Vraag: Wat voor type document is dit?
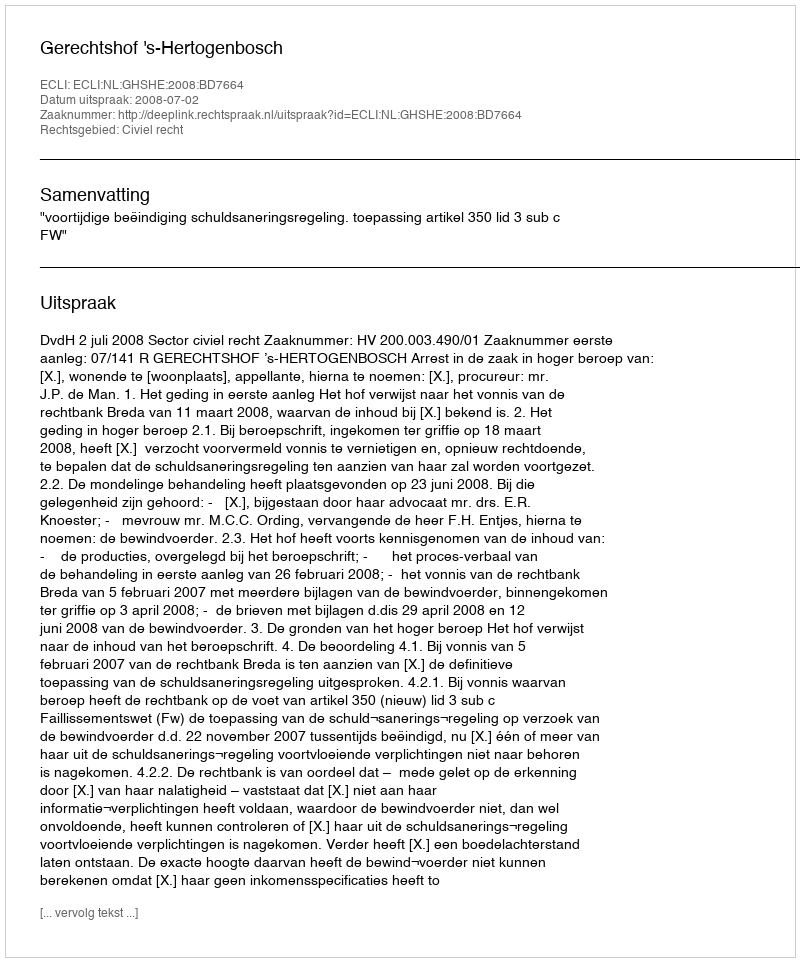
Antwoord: Uitspraak